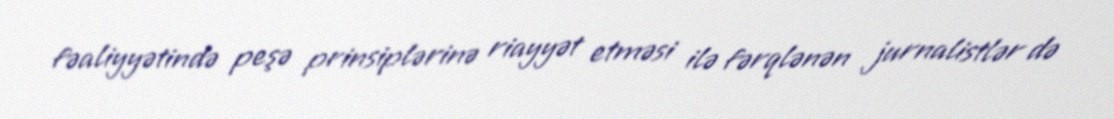
fəaliyyətində peşə prinsiplərinə riayyət etməsi ilə fərqlənən jurnalistlər də